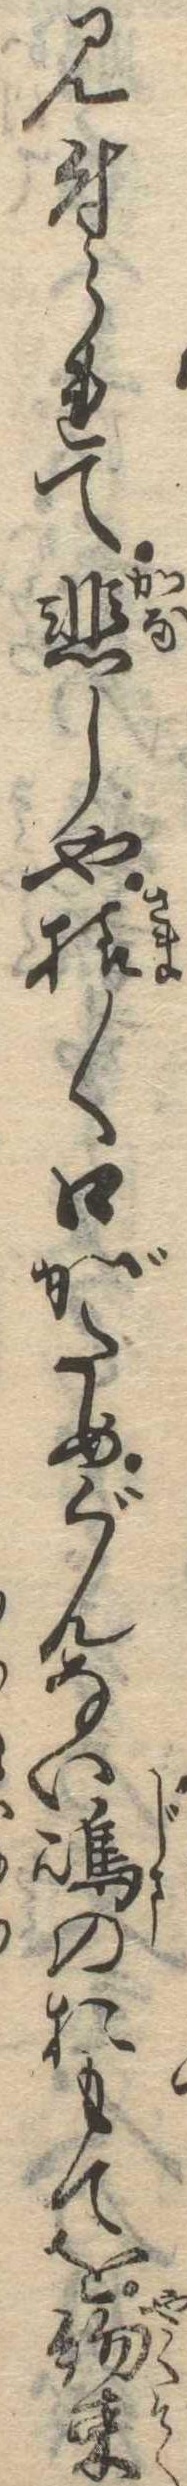
見付られて悲しや様〱口がためぐんない島のおもてを約束